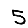
Digit: 5